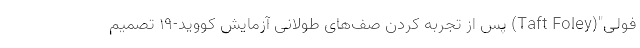
فولی"(Taft Foley) پس از تجربه کردن صف‌های طولانی آزمایش کووید-۱۹ تصمیم